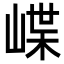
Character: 𡺑